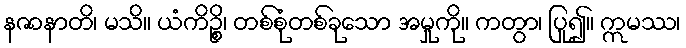
နဇာနာတိ၊ မသိ။ ယံကိဉ္စိ၊ တစ်စုံတစ်ခုသော အမှုကို။ ကတွာ၊ ပြု၍။ ဣမဿ၊